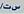
ىى